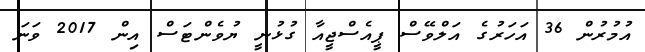
އުމުރުން 36 އަހަރުގެ އަލްވޭސް ޕީއެސްޖީއާ ގުޅުނީ ޔުވެންޓަސް އިން 2017 ވަނަ